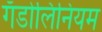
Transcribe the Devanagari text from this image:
गॅडोलिनियम